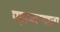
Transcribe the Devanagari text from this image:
पहाणाऱ्याला